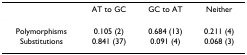
<table><thead><tr><td></td><td><b>AT to GC</b></td><td><b>GC to AT</b></td><td><b>Neither</b></td></tr></thead><tbody><tr><td>Polymorphisms</td><td>0.105 (2)</td><td>0.684 (13)</td><td>0.211 (4)</td></tr><tr><td>Substitutions</td><td>0.841 (37)</td><td>0.091 (4)</td><td>0.068 (3)</td></tr></tbody></table>